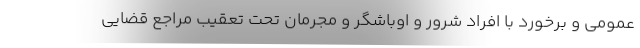
عمومی و برخورد با افراد شرور و اوباشگر و مجرمان تحت تعقیب مراجع قضایی